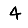
Digit: 4